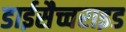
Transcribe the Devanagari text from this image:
डाईसैच्चराइड